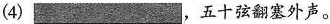
(4) ___ ，五十弦翻塞外声。